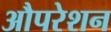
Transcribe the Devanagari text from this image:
औपरेशन